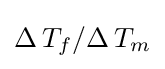
\Delta \,T_{f}/\Delta \,T_{m}